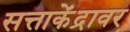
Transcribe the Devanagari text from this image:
सत्ताकेंद्रावर